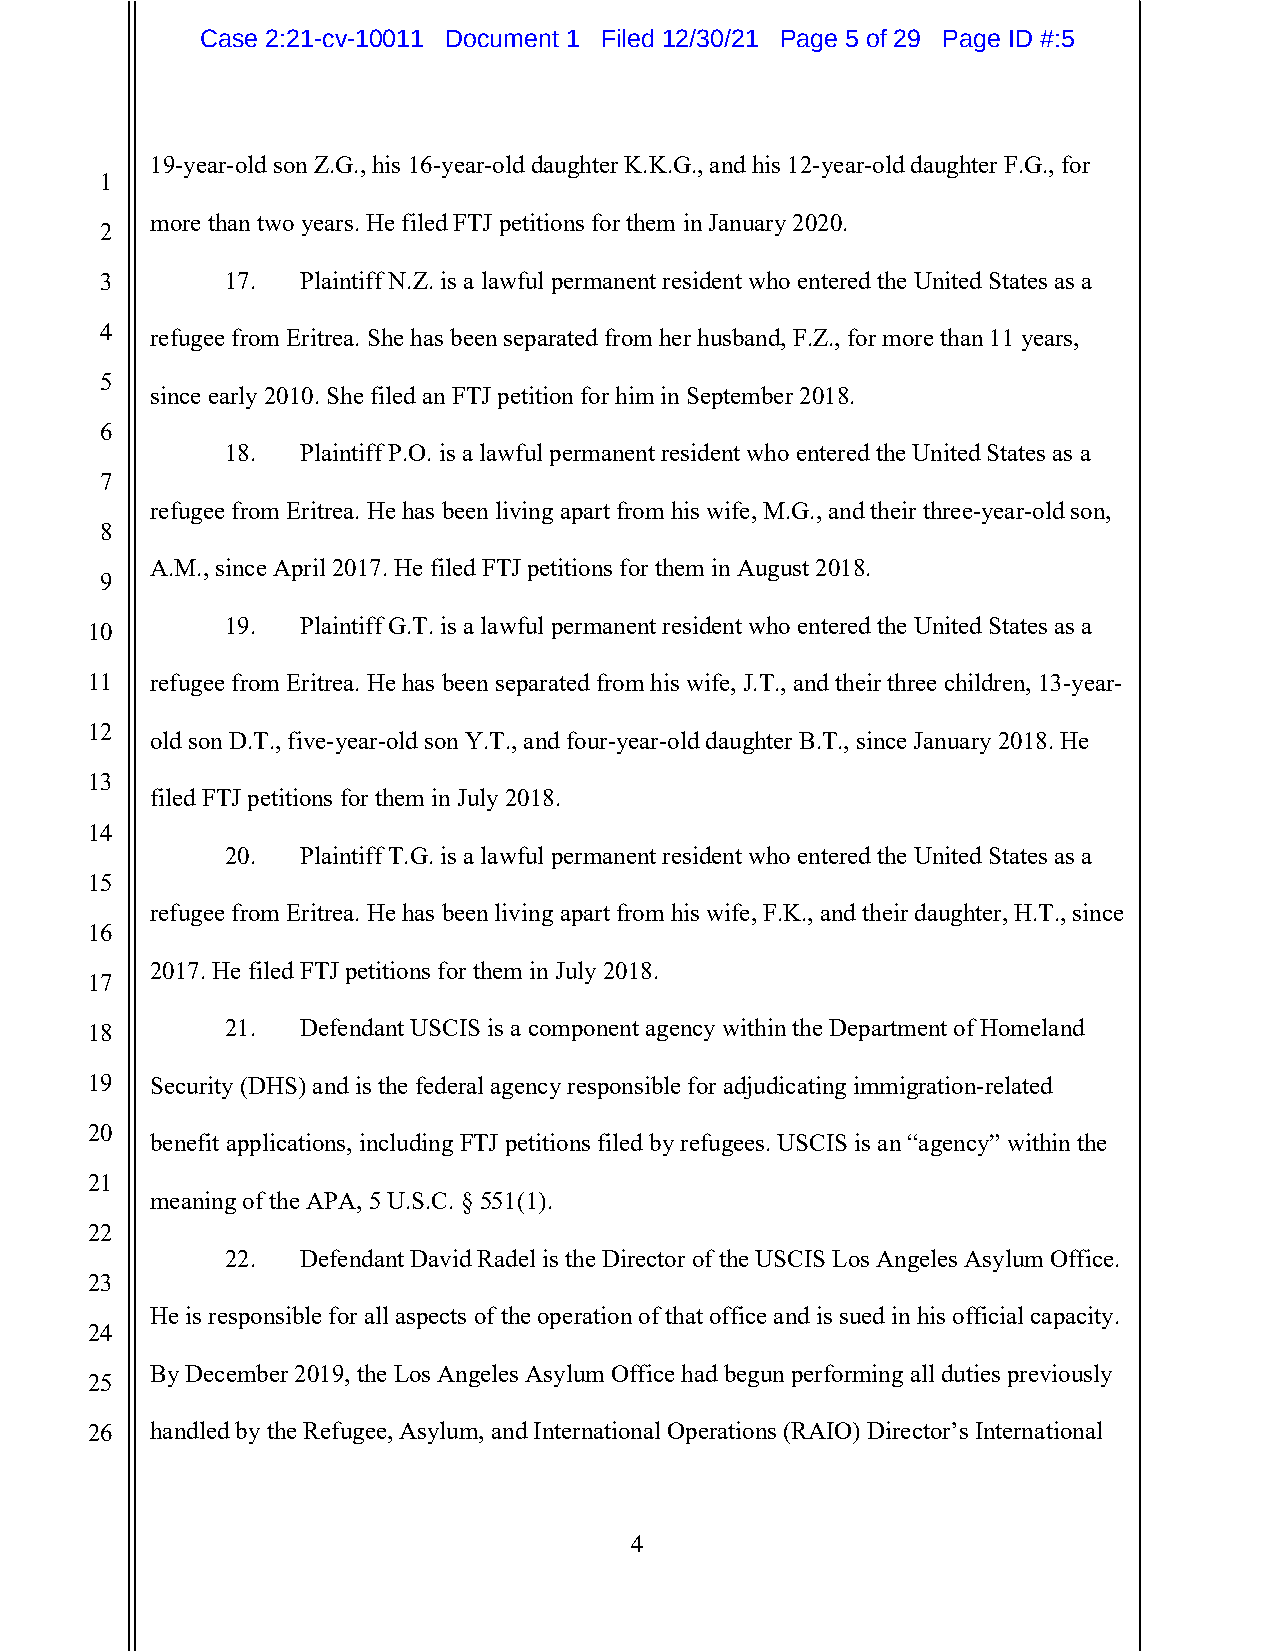
Case 2:21-cv-10011 Document 1 Filed 12/30/21 Page 5 of 29 Page ID #:5
 19-year-old son Z.G., his 16-year-old daughter K.K.G., and his 12-year-old daughter F.G., for
 1
 more than two years. He filed FTJ petitions for them in January 2020.
 2
 3       17.  Plaintiff N.Z. is a lawful permanent resident who entered the United States as a
 4  refugee from Eritrea. She has been separated from her husband, F.Z., for more than 11 years,
 5
 since early 2010. She filed an FTJ petition for him in September 2018.
 6
 18.  Plaintiff P.O. is a lawful permanent resident who entered the United States as a
 7
 refugee from Eritrea. He has been living apart from his wife, M.G., and their three-year-old son,
 8
 A.M., since April 2017. He filed FTJ petitions for them in August 2018.
 9
 10
 19.  Plaintiff G.T. is a lawful permanent resident who entered the United States as a
 11  refugee from Eritrea. He has been separated from his wife, J.T., and their three children, 13-year-
 12
 old son D.T., five-year-old son Y.T., and four-year-old daughter B.T., since January 2018. He
 13
 filed FTJ petitions for them in July 2018.
 14
 20.  Plaintiff T.G. is a lawful permanent resident who entered the United States as a
 15
 refugee from Eritrea. He has been living apart from his wife, F.K., and their daughter, H.T., since
 16
 2017. He filed FTJ petitions for them in July 2018.
 17
 18       21.  Defendant USCIS is a component agency within the Department of Homeland
 19  Security (DHS) and is the federal agency responsible for adjudicating immigration-related
 20
 benefit applications, including FTJ petitions filed by refugees. USCIS is an “agency” within the
 21
 meaning of the APA, 5 U.S.C. § 551(1).
 22
 22.  Defendant David Radel is the Director of the USCIS Los Angeles Asylum Office.
 23
 He is responsible for all aspects of the operation of that office and is sued in his official capacity.
 24
 By December 2019, the Los Angeles Asylum Office had begun performing all duties previously
 25
 26  handled by the Refugee, Asylum, and International Operations (RAIO) Director’s International
 4